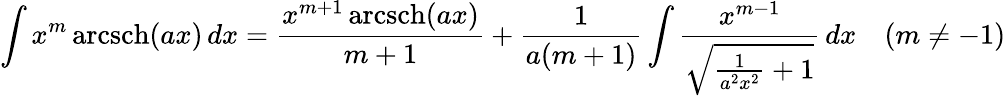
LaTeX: \int x^{m}\operatorname{arcsch}(ax)\, dx={\frac{x^{m+1}\operatorname{arcsch}(ax)}{m+1}}+{\frac{1}{a(m+1)}}\int{\frac{x^{m-1}}{\sqrt{{\frac{1}{a^{2}x^{2}}}+1}}}\, dx\quad(m\neq-1)